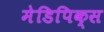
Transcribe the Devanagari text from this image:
मेडिपिक्स